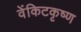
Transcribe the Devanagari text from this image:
वेंकिटकृष्ण